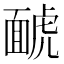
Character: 𱿑